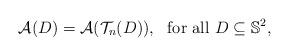
LaTeX: \begin{align*}\mathcal A(D)=\mathcal A (\mathcal T_n(D)), \ \mbox{ for all }D\subseteq \mathbb S^2,\end{align*}